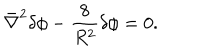
\bar { \nabla } ^ { 2 } \delta \phi - { \frac { 8 } { R ^ { 2 } } } \delta \phi = 0 .